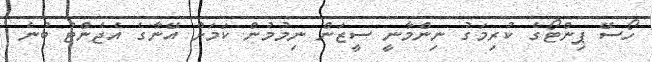
ހޯސޭ ޕިންޓޯގެ ކުރިމަގު ނިންމާނީ ސީޒަން ނިމުމުން ކަމަށް އޭނާގެ އެޖެންޓު ބުނެ